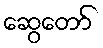
ဆွေတော်